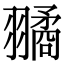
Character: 𦒔